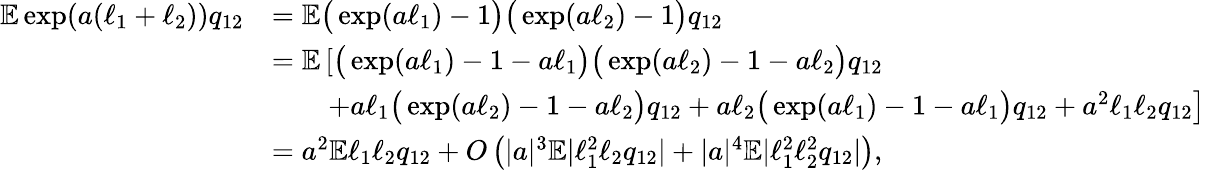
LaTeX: \begin{array}{rl}{\mathbb{E}\exp(a(\ell_{1}+\ell_{2}))q_{12}}&{=\mathbb{E}\big(\exp(a\ell_{1})-1\big)\big(\exp(a\ell_{2})-1\big)q_{12}}\\ &{=\mathbb{E}\left[\big(\exp(a\ell_{1})-1-a\ell_{1}\big)\big(\exp(a\ell_{2})-1-a\ell_{2}\big)q_{12}\right.}\\ &{\qquad\left.+a\ell_{1}\big(\exp(a\ell_{2})-1-a\ell_{2}\big)q_{12}+a\ell_{2}\big(\exp(a\ell_{1})-1-a\ell_{1}\big)q_{12}+a^{2}\ell_{1}\ell_{2}q_{12}\right]}\\ &{=a^{2}\mathbb{E}\ell_{1}\ell_{2}q_{12}+O\left(|a|^{3}\mathbb{E}|\ell_{1}^{2}\ell_{2}q_{12}|+|a|^{4}\mathbb{E}|\ell_{1}^{2}\ell_{2}^{2}q_{12}|\right),}\end{array}